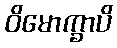
ဝိမောက္ခာပိ